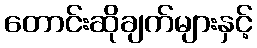
တောင်းဆိုချက်များနှင့်